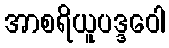
အာစရိယူပဒ္ဒဝေါ